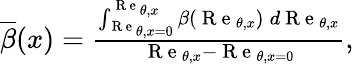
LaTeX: \begin{array}{r}{{\overline{{\beta}}}(x)=\frac{\int_{\mathrm{~R~e~}_{\theta,x=0}}^{\mathrm{~R~e~}_{\theta,x}}\beta(\mathrm{~R~e~}_{\theta,x}){\: }d\mathrm{~R~e~}_{\theta,x}}{\mathrm{~R~e~}_{\theta,x}-\mathrm{~R~e~}_{\theta,x=0}},}\end{array}